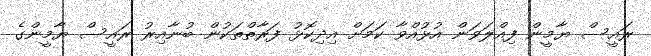
ރައީސް ޔާމީން ފިއްލަވަން އުޅުއްވާ ކަމަށް އިދިކޮޅު ފަރާތްތަކުން ބުނާއިރު ރައީސް ޔާމީންގެ